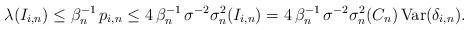
LaTeX: \begin{align*}\lambda (I_{i,n})\leq \beta _{n}^{-1}\,p_{i,n}\leq 4\,\beta_{n}^{-1}\,\sigma ^{-2}\sigma _{n}^{2}(I_{i,n})=4\,\beta _{n}^{-1}\,\sigma^{-2}\sigma _{n}^{2}(C_{n})\,\mbox{{\rm Var}}(\delta _{i,n}). \end{align*}